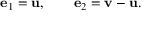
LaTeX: \mathbf { e } _ { 1 } = \mathbf { u } , \qquad \mathbf { e } _ { 2 } = \mathbf { v } - \mathbf { u } .